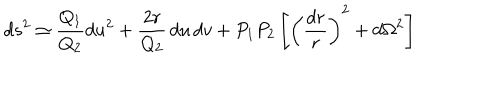
d s ^ { 2 } \simeq { \frac { Q _ { 1 } } { Q _ { 2 } } } d u ^ { 2 } + { \frac { 2 r } { Q _ { 2 } } } \, d u \, d v + P _ { 1 } P _ { 2 } \left[ \left( { \frac { d r } { r } } \right) ^ { 2 } + d \Omega ^ { 2 } \right]